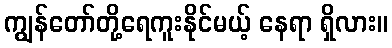
ကျွန်တော်တို့ရေကူးနိုင်မယ့် နေရာ ရှိလား။